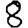
Digit: 8